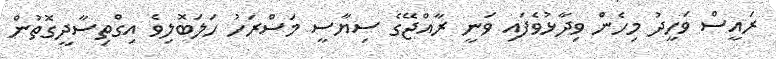
ރައީސް ވަހީދު މިހެން ވިދާޅުވެފައި ވަނީ ރާއްޖޭގެ ސިޔާސީ މަސްރަހު ހަލަބޮލިވެ އިގްތިސާދީގޮތުން